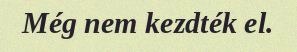
Még nem kezdték el.